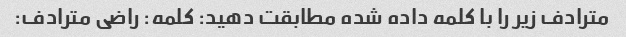
مترادف زیر را با کلمه داده شده مطابقت دهید: کلمه: راضی مترادف: